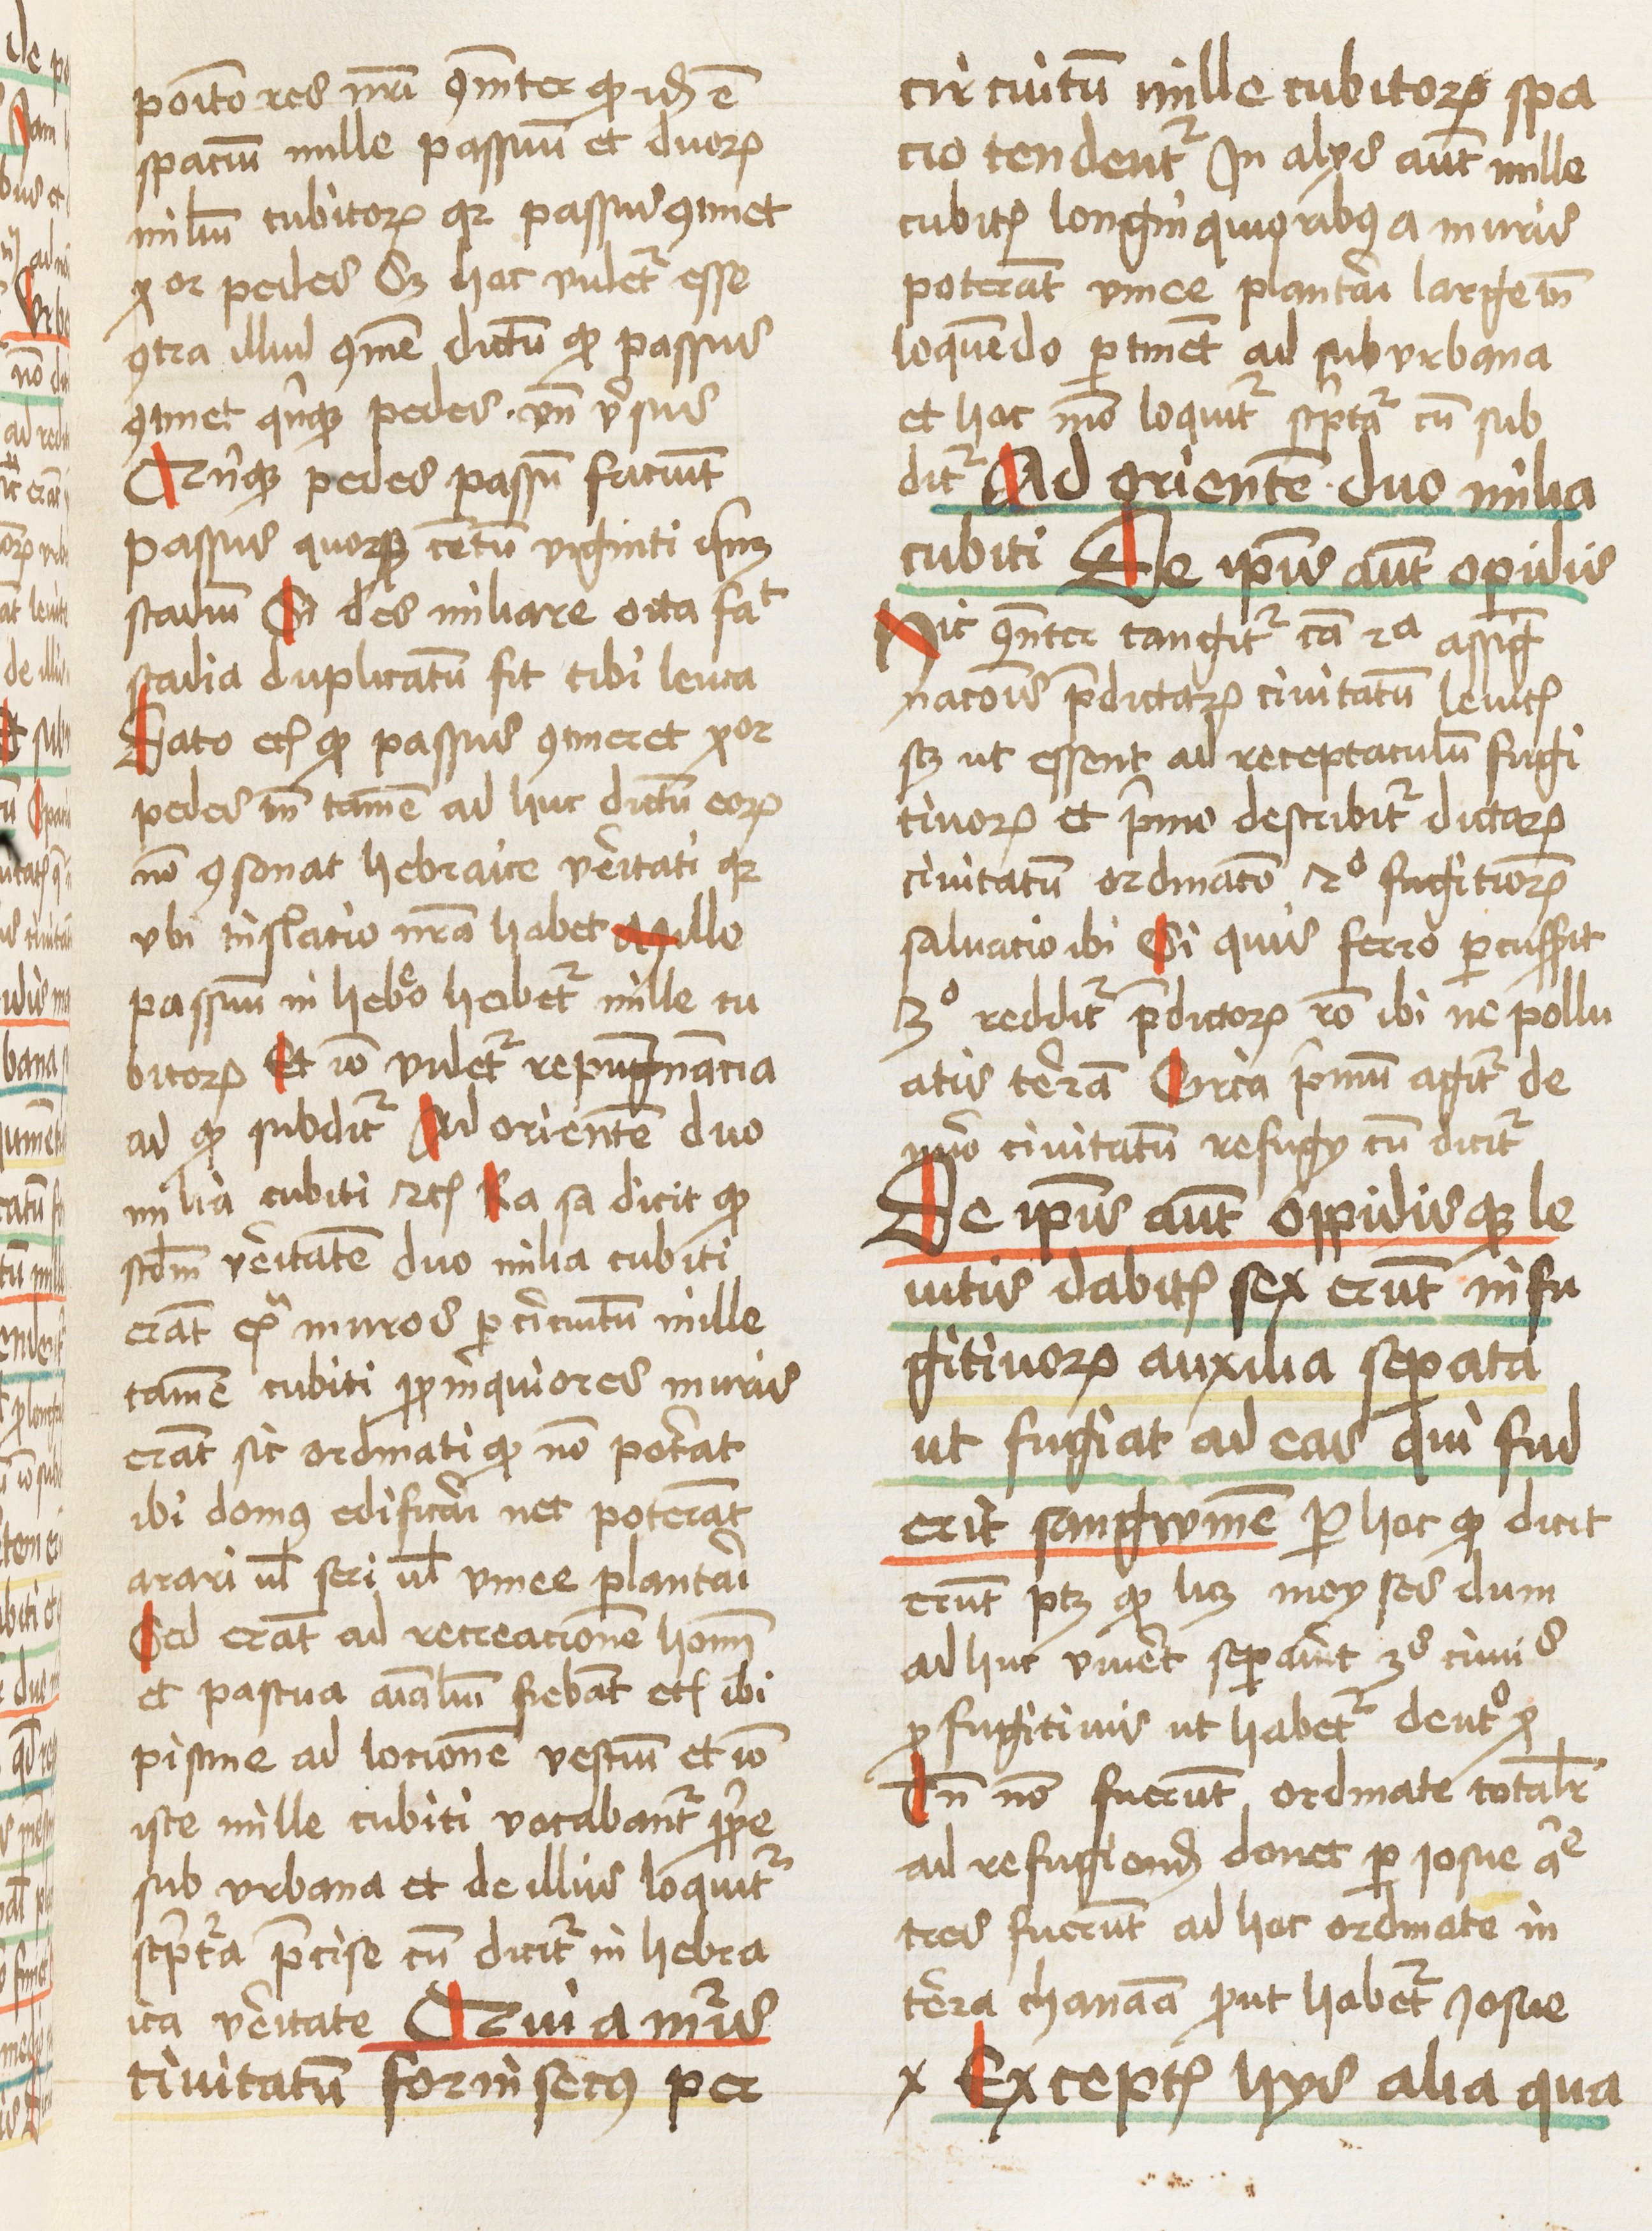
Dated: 1460–1461